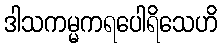
ဒါသကမ္မကရပေါရိသေဟိ